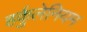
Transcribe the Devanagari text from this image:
हर्कुलेनियम